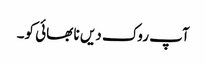
آپ روک دیں نا بھائی کو۔